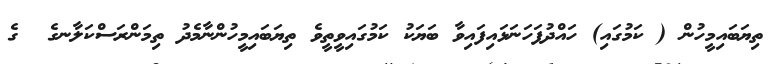
ތިޔަބައިމީހުން ( ކަމުގައި) ހައްދުފަހަނަޅައިފައިވާ ބަޔަކު ކަމުގައިވީތީވެ ތިޔަބައިމީހުންނާމެދު ތިމަންރަސްކަލާނގެ  ގެ